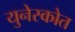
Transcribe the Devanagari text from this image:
युनेस्कोत